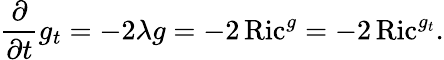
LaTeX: {\frac{\partial}{\partial t}}g_{t}=-2\lambda g=-2\operatorname{Ric}^{g}=-2\operatorname{Ric}^{g_{t}}.